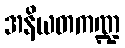
အနိယတကဏ္ဍ